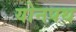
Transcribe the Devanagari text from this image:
योनपथ